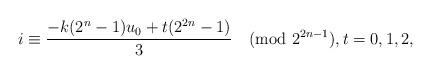
LaTeX: \begin{align*} & i \equiv \frac{-k(2^n-1) u_0 + t(2^{2n}-1)}{3} \pmod{2^{2n-1}}, t = 0,1,2,\end{align*}